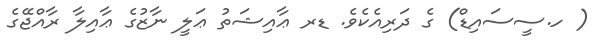
( ހ.ސީސައިޑް) ގެ ދަރިއެކެވެ. ޑރ ޢާއިޝަތު ޢަލީ ނާޒުގެ ޢާއިލާ ރާއްޖޭގެ